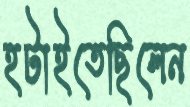
হটাইতেছিলেন